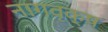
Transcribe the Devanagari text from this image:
नागवृक्ष